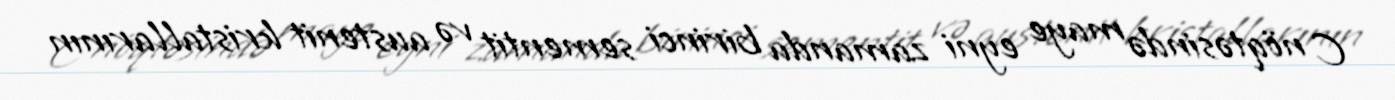
C nöqtəsində maye eyni zamanda birinci sementit və austenit kristallarının